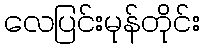
လေပြင်းမုန်တိုင်း